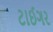
ટાઈગર